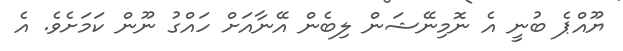
ޔޫއްޕެ ބުނީ އެ ނޮމިނޭޝަން ލިބެން އޭނާއަށް ހައްގު ނޫން ކަމަށެވެ. އެ